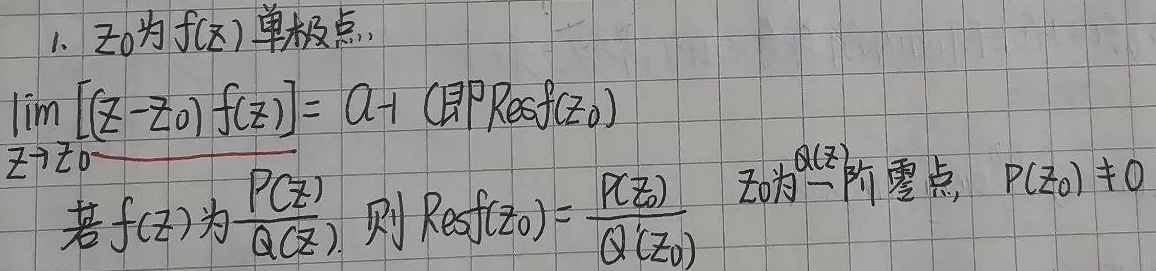
1. \(z_{0}\)为\(f(z)\)单极点，
\[\lim_{z \to z_{0}} [(z - z_{0}) f(z)] = a_{-1} \text{（即}\mathrm{Res}f(z_{0})\text{）}\]
若\(f(z)\)为\(\frac{P(z)}{Q(z)}\)，则\(\mathrm{Res}f(z_{0}) = \frac{P(z_{0})}{Q'(z_{0})}\)，其中\(z_{0}\)为\(Q(z)\)一阶零点，\(P(z_{0}) \neq 0\)